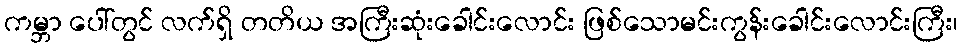
ကမ္ဘာ ပေါ်တွင် လက်ရှိ တတိယ အကြီးဆုံးခေါင်းလောင်း ဖြစ်သောမင်းကွန်းခေါင်းလောင်းကြီး၊